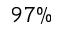
9 7 \%